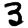
Digit: 3